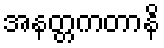
အနတ္တကတာနိ